Report of the King Institute of Preventive Medicine, Guindy
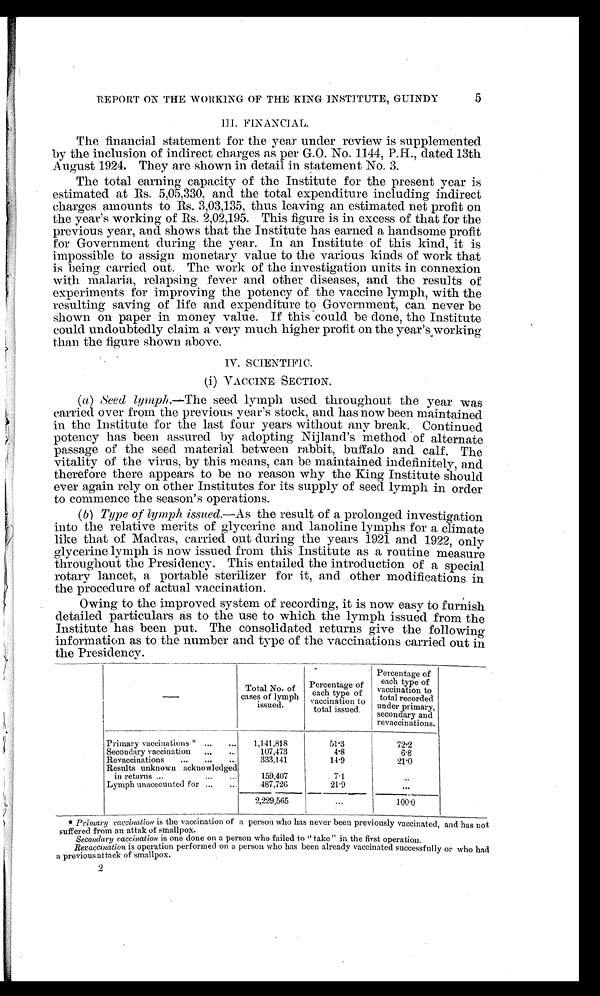
5
REPORT ON THE 'WORKING OF THE KING INSTITUTE, GUINDY
III. FINANCIAL.
The financial statement for the year under review is supplemented
by the inclusion of indirect charges as per G.O. No. 1144, P.H., dated 13th
August 1924. They are shown in detail in statement No. 3.
The total earning capacity of the Institute for the present year is
estimated at Rs. 5,05,330, and the total expenditure including indirect
charges amounts to Rs. 3,03,135, thus leaving an estimated net profit on
the year's working of Rs. 2,02,195. This figure is in excess of that for the
previous year, and shows that the Institute has earned a handsome profit
for Government during the year. In an Institute of this kind, it is
impossible to assign monetary value to the various kinds of work that
is being carried out. The work of the investigation units in connexion
with malaria, relapsing fever and other diseases, and the results of
experiments for improving the potency of the vaccine lymph, with the
resulting saving of life and expenditure to Government, can never be
shown on paper in money value. If this could be done, the Institute
could undoubtedly claim a very much higher profit on the year's working
than the figure shown above.
IV. SCIENTIFIC.
(i) VACCINE SECTION.
(a). Seed lymph.—The seed lymph used throughout the year was
carried over from the previous year's stock, and has now been maintained
in the Institute for the last four years without any break. Continued
potency has been assured by adopting Nijland's method of alternate
passage of the seed material between rabbit, buffalo and calf. The
vitality of the virus, by this means, can be maintained indefinitely, and
therefore there appears to be no reason why the King Institute should
ever again rely on other Institutes for its supply of seed lymph in order
to commence the season's operations.
(b) Type of lymph issued.— As the result of a prolonged investigation
into the relative merits of glycerine and lanoline lymphs for a climate
like that of Madras, carried out during the years 1921 and 1922, only
glycerine lymph is now issued from this Institute as a routine measure
throughout the Presidency. This entailed the introduction of a special
rotary lancet, a portable sterilizer for it, and other modifications in
the procedure of actual vaccination.
Owing to the improved system of recording, it is now easy to furnish
detailed particulars as to the use to which the lymph issued from the
Institute has been put. The consolidated returns give the following
information as to the number and type of the vaccinations carried out in
the Presidency.
—
Total No. of
cases of lymph
issued.
Percentage of
each type of
vaccination to
total issued.
Percentage of
each type of
vaccination to
total recorded
under primary,
secondary and
revaccinations.
Primary vaccinations *
1,141,818
51.3
72.2
Secondary vaccination
107,473
4.8
6.8
Revaccinations
333,141
14.9
21.0
Results unknown acknowledged
in returns
159,407
7.1
. . .
Lymph unaccounted for
487,726
21.9
...
2,229,565
...
100.0
* Primary vaccination is the vaccination of a person who has never been previously vaccinated, and has not
suffered from an attak of smallpox.
Secondary vaccination is one done on a person who failed to "take" in the first operation.
Revaccination is operation performed on a person who has been already vaccinated successfully or who had
a previous attack of smallpox.
2